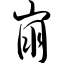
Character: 崩